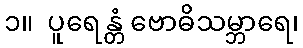
၁။  ပူရေန္တံ ဗောဓိသမ္ဘာရေ၊